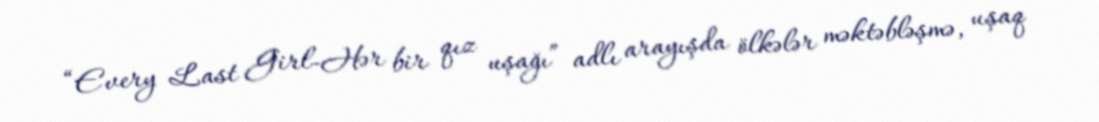
“Every Last Girl-Hər bir qız uşağı” adlı arayışda ölkələr məktəbləşmə, uşaq